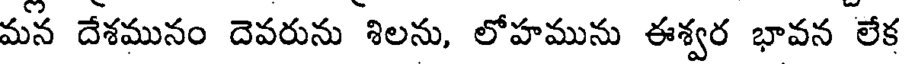
మన దేశమునం దెవరును శిలను, లోహమును ఈశ్వర భావన లేక